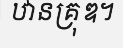
ឋានគ្រុឌ។